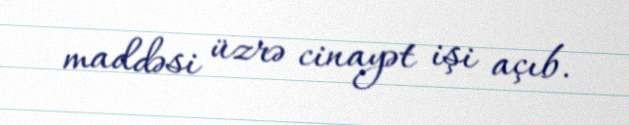
maddəsi üzrə cinayət işi açıb.